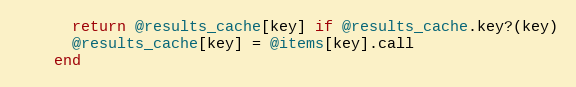
Language: Ruby
      return @results_cache[key] if @results_cache.key?(key)
      @results_cache[key] = @items[key].call
    end